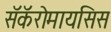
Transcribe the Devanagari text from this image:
सॅकॅरोमायसिस